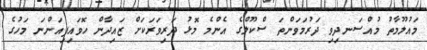
މައުލޫމާތު މުއްސަނދިވި ދަރުމަވަންތަ ސްކޫލްގެ އެންމެ މޮޅު ދަރިވަރަކަށް ޒައިދާން ހޮވައިފިއަންނަ މަހުގެ